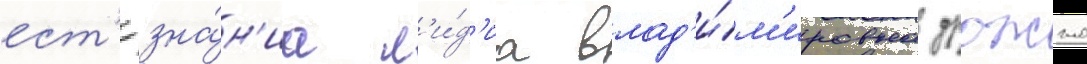
ест'ествозна́н'иа л'и́д'иа влад'и́м'ировна дрожжа